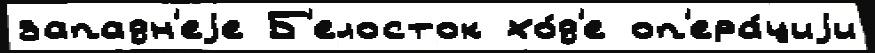
западн'еjе Б'елосток хо́д'е оп'ера́циjи